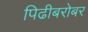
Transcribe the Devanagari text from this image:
पिढीबरोबर